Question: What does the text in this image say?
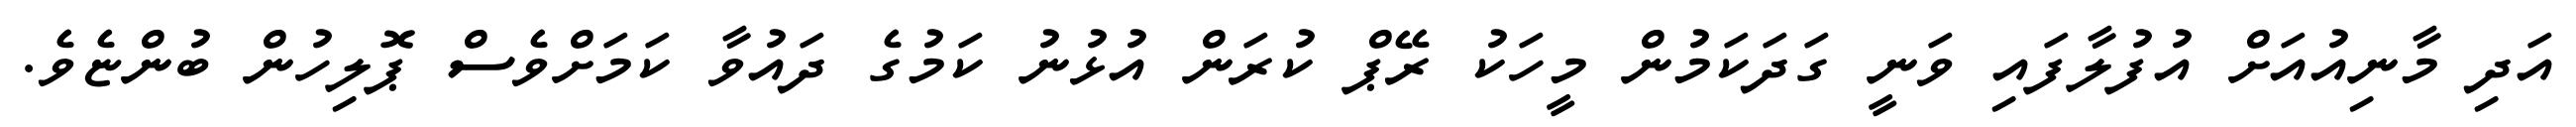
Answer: އަދި މާނިއުއަށް އުފުލާފައި ވަނީ ގަދަކަމުން މީހަކު ރޭޕް ކުރަން އުޅުނު ކަމުގެ ދައުވާ ކަމަށްވެސް ޕޮލިހުން ބުންޏެވެ.